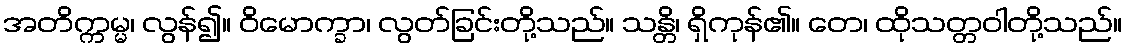
အတိက္ကမ္မ၊ လွန်၍။ ဝိမောက္ခာ၊ လွတ်ခြင်းတို့သည်။ သန္တိ၊ ရှိကုန်၏။ တေ၊ ထိုသတ္တဝါတို့သည်။